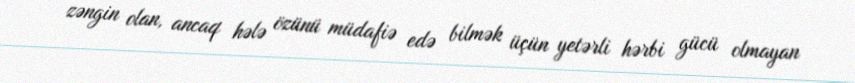
zəngin olan, ancaq hələ özünü müdafiə edə bilmək üçün yetərli hərbi gücü olmayan